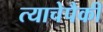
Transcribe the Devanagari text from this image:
त्याचेपैकी